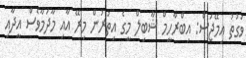
ވަގުތު އިމޭޖަސް: އިބްރާހީމް ޝާބިލް މީގެ އިތުރުން މިރޭ އާއި މާދަމާވެސް އީދާއި